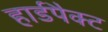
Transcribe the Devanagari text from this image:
हार्डपैक्ट